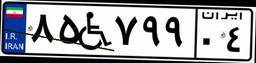
۸۵W۷۹۹۰۴